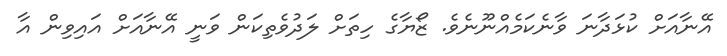
އޭނާއަށް ކުޅަދާނަ ވާނެކަމެއްނޫނެވެ. ޒޯޔާގެ ހިތަށް ލަދުވެތިކަން ވަނީ އޭނާއަށް އައިވިން އާ